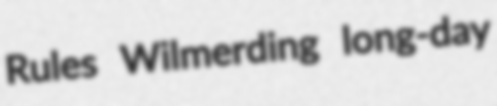
Rules Wilmerding long-day